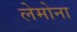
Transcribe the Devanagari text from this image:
लेमोना